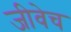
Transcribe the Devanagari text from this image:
जीवेच